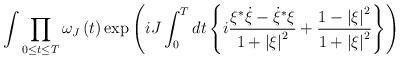
LaTeX: \begin{align*}\int {\prod\limits_{0\le t\le T} {\omega _J\left( t \right)}\exp \left({iJ\int_0^T {dt\left\{ {i{{\xi^{*}\dot \xi-{\dot \xi}^{*}\xi}\over{1+\left| \xi\right|^2}}+{{1-\left| \xi \right|^2}\over {1+\left| \xi \right|^2}}}\right\}}} \right)}\end{align*}